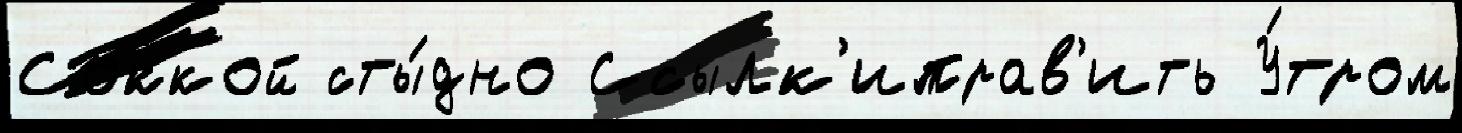
Соккой сты́дно Ссылк'иправ'ить У́тром